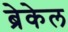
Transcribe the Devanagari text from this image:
ब्रेकेल